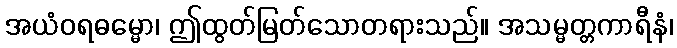
အယံဝရဓမ္မော၊ ဤထွတ်မြတ်သောတရားသည်။ အသမ္မတ္တကာရီနံ၊